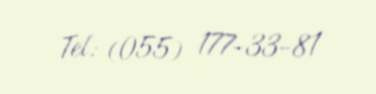
Tel: (055) 177-33-81